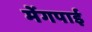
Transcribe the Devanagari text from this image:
मेंगपाई